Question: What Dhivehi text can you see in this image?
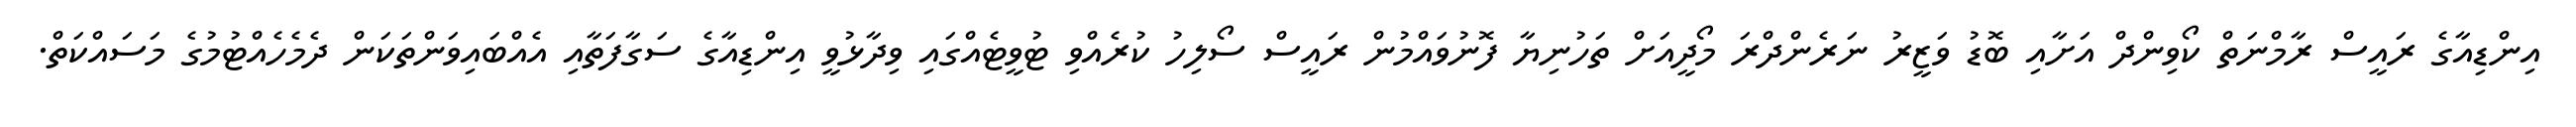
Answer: އިންޑިއާގެ ރައީސް ރާމްނަތް ކޯވިންދް އަށާއި ބޮޑު ވަޒީރު ނަރެންދްރަ މޯދީއަށް ތަހުނިޔާ ފޮނުވައްމުން ރައީސް ސޯލިހު ކުރެއްވި ޓުވީޓެއްގައި ވިދާޅުވީ އިންޑިއާގެ ސަގާފަތާއި އެއްބައިވަންތަކަން ދެމެހެއްޓުމުގެ މަސައްކަތް.